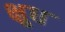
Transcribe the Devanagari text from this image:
क्षुध